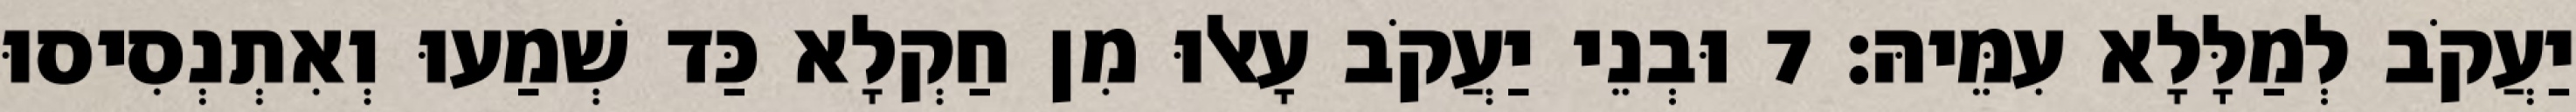
יַעֲקֹב לְמַלָּלָא עִמֵּיהּ׃ 7 וּבְנֵי יַעֲקֹב עָאלוּ מִן חַקְלָא כַּד שְׁמַעוּ וְאִתְנְסִיסוּ